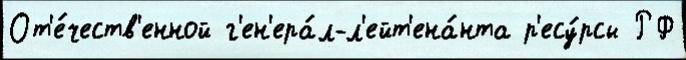
От'е́честв'енной г'ен'ера́л-л'ейт'ена́нта р'есу́рсы РФ